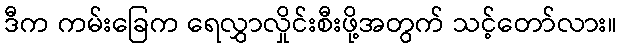
ဒီက ကမ်းခြေက ရေလွှာလှိုင်းစီးဖို့အတွက် သင့်တော်လား။